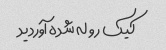
کیک رو له شده آوردید